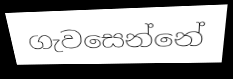
ගැවසෙන්නේ